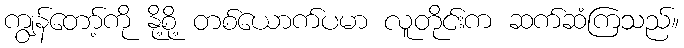
ကျွန်တော့်ကို နို့စို့ တစ်ယောက်ပမာ လူတိုင်းက ဆက်ဆံကြသည်။